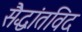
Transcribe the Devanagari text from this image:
सैद्धांतविद